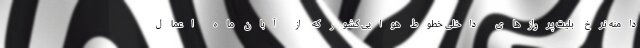
دامنه نرخ بلیت پروازهای داخلی خطوط هوایی کشور که از آبان ماه اعمال